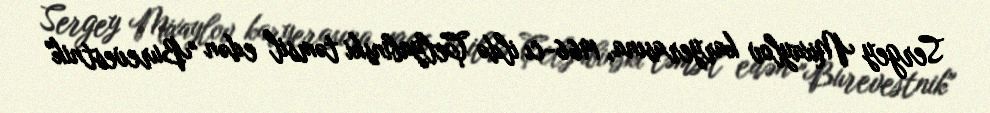
Sergey Mixaylov karyerasına, 1966-cı ildə Çelyabinski təmsil edən "Burevestnik"